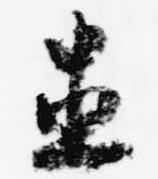
直